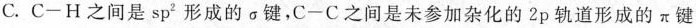
C.C-H之间是sp^{2}形成的\sigma 键，C-C之间是未参加杂化的2p轨道形成的\pi键